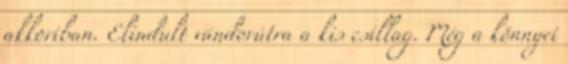
akkoriban. Elindult vándorútra a kis csillag. Még a könnyei